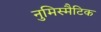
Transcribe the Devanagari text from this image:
नुमिस्मैटिक